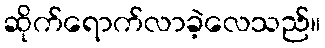
ဆိုက်ရောက်လာခဲ့လေသည်။